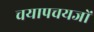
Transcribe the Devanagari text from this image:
चयापचयजों